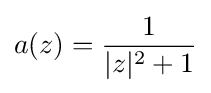
a(z)={1 \over |z|^{2}+1}